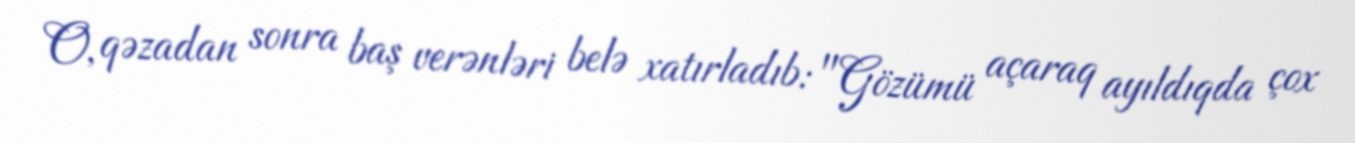
O, qəzadan sonra baş verənləri belə xatırladıb: "Gözümü açaraq ayıldıqda çox